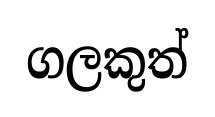
ගලකුත්